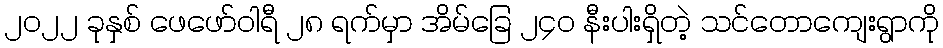
၂၀၂၂ ခုနှစ် ဖေဖော်ဝါရီ ၂၈ ရက်မှာ အိမ်ခြေ ၂၄၀ နီးပါးရှိတဲ့ သင်တောကျေးရွာကို